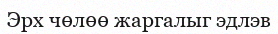
Эрх чөлөө жаргалыг эдлэв